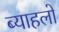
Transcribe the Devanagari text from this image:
ब्याहलो